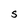
Character: S